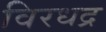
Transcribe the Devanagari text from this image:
विरधद्र